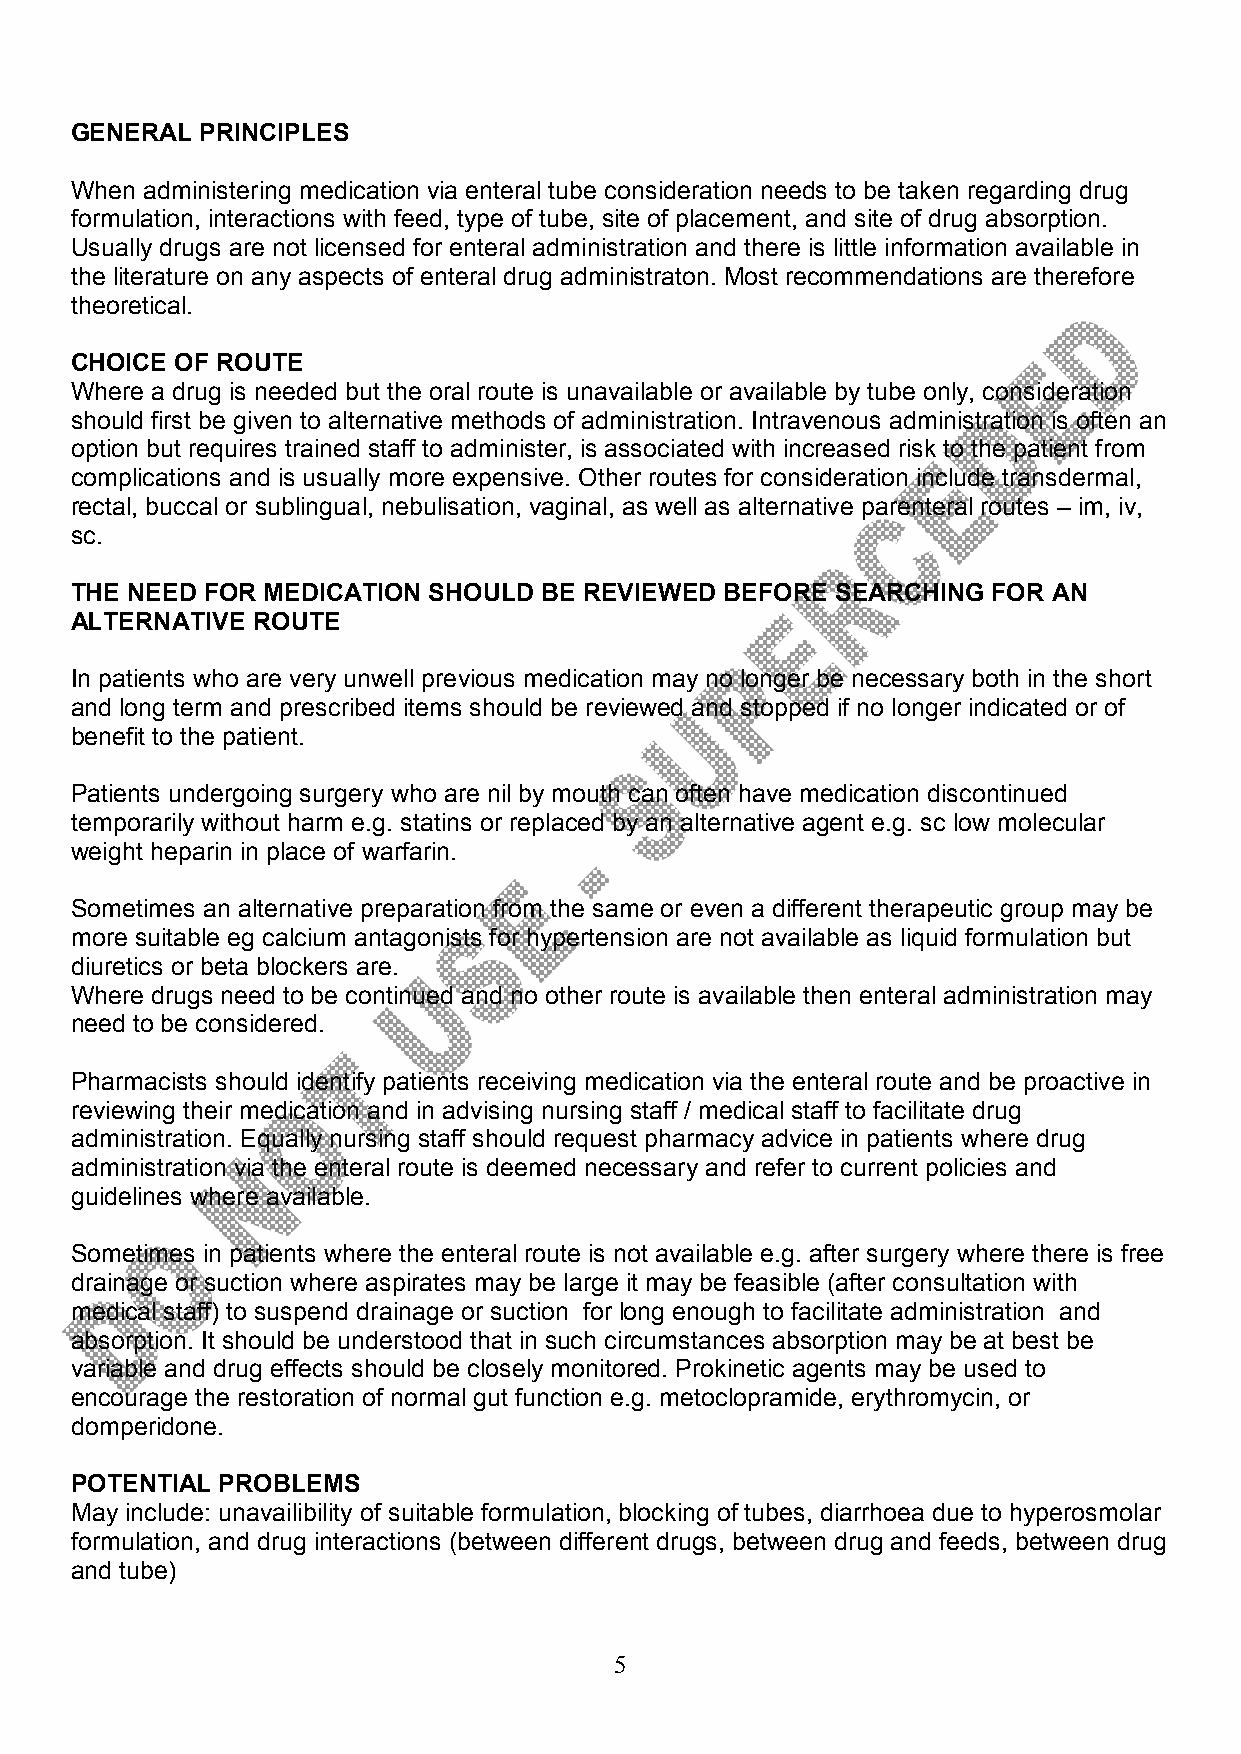
GENERAL PRINCIPLES
 When administering medication via enteral tube consideration needs to be taken regarding drug
 formulation, interactions with feed, type of tube, site of placement, and site of drug absorption.
 Usually drugs are not licensed for enteral administration and there is little information available in
 the literature on any aspects of enteral drug administraton. Most recommendations are therefore
 theoretical.
 CHOICE OF ROUTE
 Where a drug is needed but the oral route is unavailable or available by tube only, consideration
 should first be given to alternative methods of administration. Intravenous administration is often an
 option but requires trained staff to administer, is associated with increased risk to the patient from
 complications and is usually more expensive. Other routes for consideration include transdermal,
 rectal, buccal or sublingual, nebulisation, vaginal, as well as alternative parenteral routes – im, iv,
 sc.
 THE NEED FOR MEDICATION SHOULD BE REVIEWED BEFORE SEARCHING  FOR AN
 ALTERNATIVE ROUTE
 In patients who are very unwell previous medication may no longer be necessary both in the short
 and long term and prescribed items should be reviewed and stopped if no longer indicated or of
 benefit to the patient.
 Patients undergoing surgery who are nil by mouth can often have medication discontinued
 temporarily without harm e.g. statins or replaced by an alternative agent e.g. sc low molecular
 weight heparin in place of warfarin.
 Sometimes an alternative preparation from the same or even a different therapeutic group may be
 more suitable eg calcium antagonists for hypertension are not available as liquid formulation but
 diuretics or beta blockers are.
 Where drugs need to be continued and no other route is available then enteral administration may
 need to be considered.
 Pharmacists should identify patients receiving medication via the enteral route and be proactive in
 reviewing their medication and in advising nursing staff / medical staff to facilitate drug
 administration. Equally nursing staff should request pharmacy advice in patients where drug
 administration via the enteral route is deemed necessary and refer to current policies and
 guidelines where available.
 Sometimes in patients where the enteral route is not available e.g. after surgery where there is free
 drainage or suction where aspirates may be large it may be feasible (after consultation with
 medical staff) to suspend drainage or suction for long enough to facilitate administration and
 absorption. It should be understood that in such circumstances absorption may be at best be
 variable and drug effects should be closely monitored. Prokinetic agents may be used to
 encourage the restoration of normal gut function e.g. metoclopramide, erythromycin, or
 domperidone.
 POTENTIAL PROBLEMS
 May include: unavailibility of suitable formulation, blocking of tubes, diarrhoea due to hyperosmolar
 formulation, and drug interactions (between different drugs, between drug and feeds, between drug
 and tube)
 5